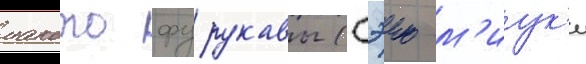
макото фурукавы (сэию м'иук'и